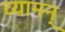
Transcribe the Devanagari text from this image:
व्यामन्